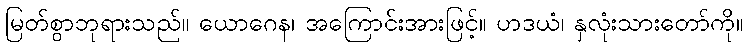
မြတ်စွာဘုရားသည်။ ယောဂေန၊ အကြောင်းအားဖြင့်။ ဟဒယံ၊ နှလုံးသားတော်ကို။